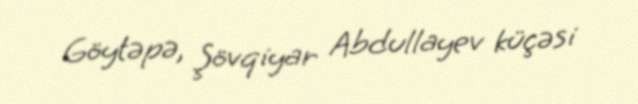
Göytəpə, Şövqiyar Abdullayev küçəsi